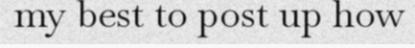
my best to post up how